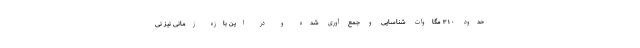
حدود ۳۱۰ مگاوات شناسایی و جمع آوری شده و در این بازه زمانی نیز نی